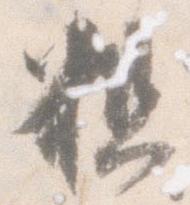
粗